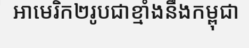
អាមេរិក២រូបជាខ្មាំងនឹងកម្ពុជា